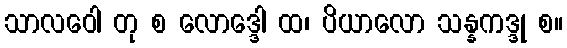
သာလဝေါ တု စ လောဒ္ဒေါ ထ၊ ပိယာလော သန္နကဒ္ဒု စ။